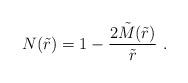
LaTeX: \begin{align*}N(\tilde r) = 1 - \frac{2 \tilde M(\tilde r)}{\tilde r}\ . \end{align*}